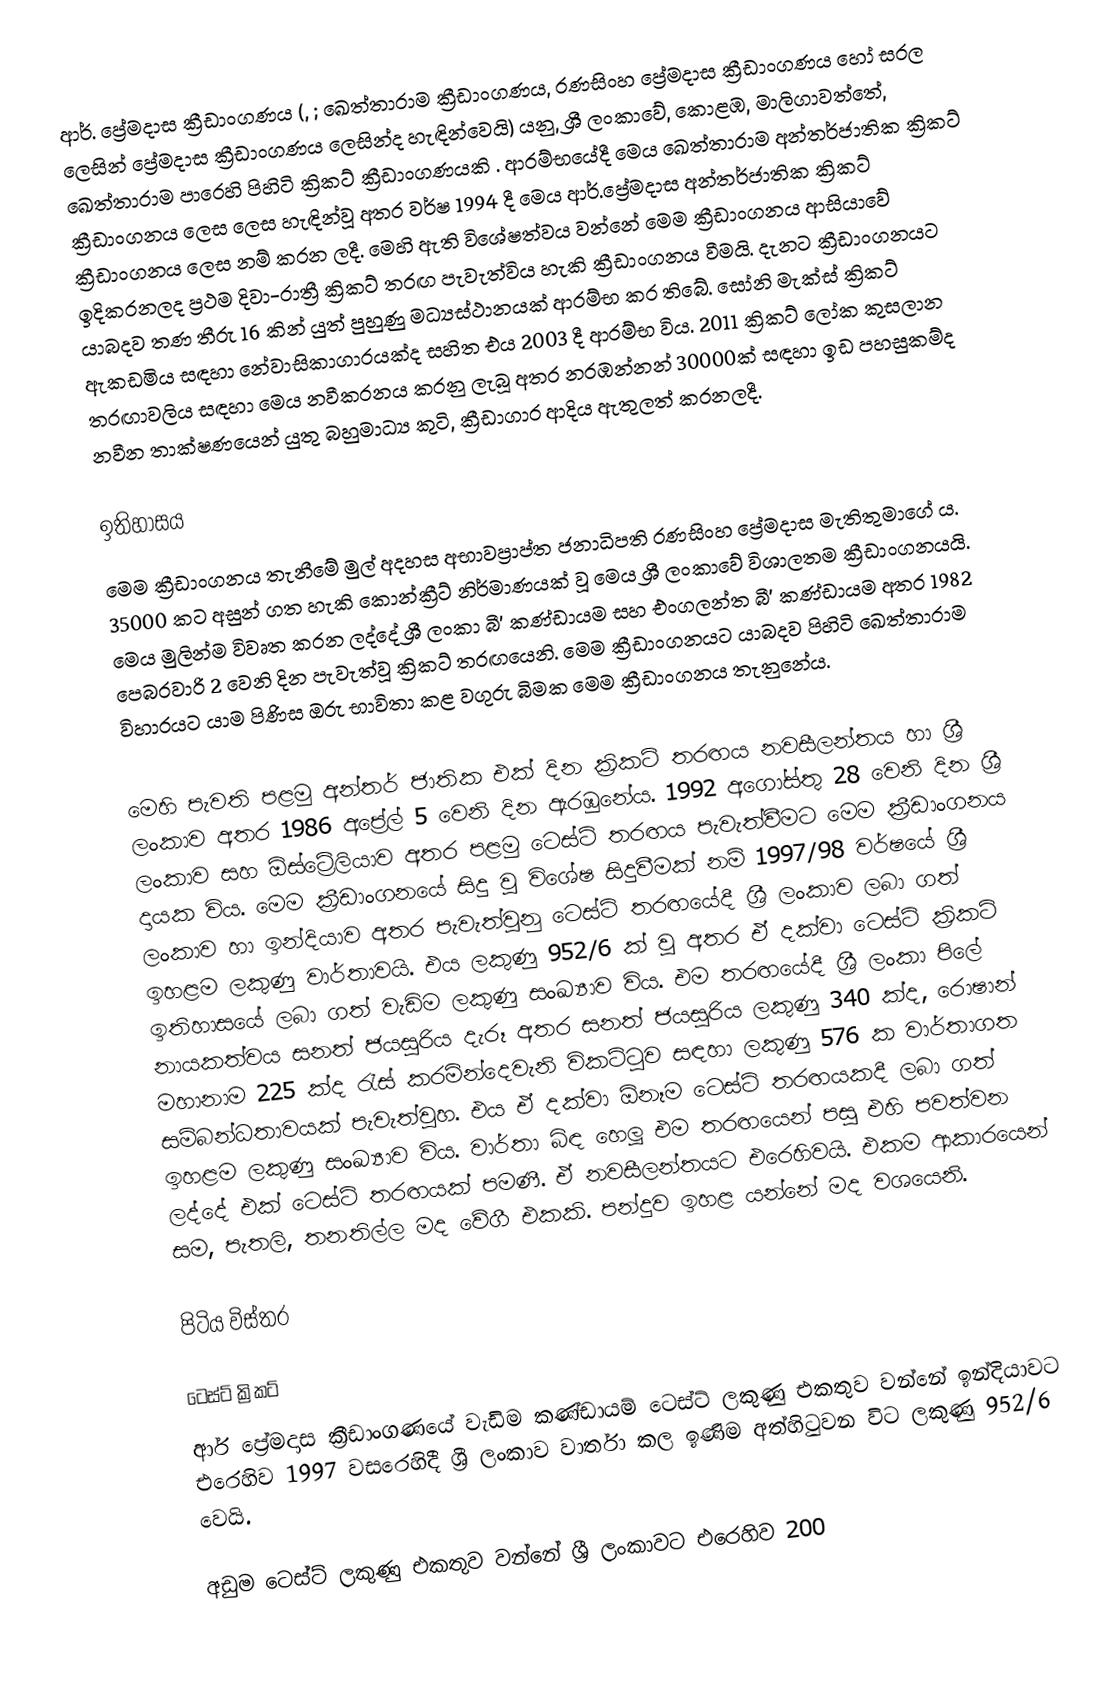
ආර්. ප්‍රේමදාස ක්‍රීඩාංගණය (, ; ඛෙත්තාරාම ක්‍රීඩාංගණය, රණසිංහ ප්‍රේමදාස ක්‍රීඩාංගණය හෝ සරල ලෙසින් ප්‍රේමදාස ක්‍රීඩාංගණය ලෙසින්ද හැඳින්වෙයි) යනු, ශ්‍රී ලංකාවේ, කොළඹ, මාලිගාවත්තේ,  ඛෙත්තාරාම පාරෙහි පිහිටි ක්‍රිකට් ක්‍රීඩාංගණයකි . ආරම්භයේදී මෙය ඛෙත්තාරාම අන්තර්ජාතික ක්‍රිකට් ක්‍රීඩාංගනය ලෙස ලෙස හැඳින්වූ අතර වර්ෂ 1994 දී මෙය ආර්.ප්‍රේමදාස අන්තර්ජාතික ක්‍රිකට් ක්‍රීඩාංගනය ලෙස නම් කරන ලදී. මෙහි ඇති විශේෂත්වය වන්නේ මෙම ක්‍රීඩාංගනය ආසියාවේ ඉදිකරනලද ප්‍රථම දිවා-රාත්‍රී ක්‍රිකට් තරඟ පැවැත්විය හැකි ක්‍රීඩාංගනය වීමයි. දැනට ක්‍රීඩාංගනයට යාබදව තණ තීරු 16 කින් යුත් පුහුණු මධ්‍යස්ථානයක් ආරම්භ කර තිබේ. සෝනි මැක්ස් ක්‍රිකට් ඇකඩමිය සඳහා නේවාසිකාගාරයක්ද සහිත එය 2003 දී ආරම්භ විය. 2011 ක්‍රිකට් ලෝක කුසලාන තරඟාවලිය සඳහා මෙය නවීකරනය කරනු ලැබූ අතර නරඹන්නන් 30000ක් සඳහා ඉඩ පහසුකම්ද නවීන තාක්ෂණයෙන් යුතු බහුමාධ්‍ය කුටි, ක්‍රීඩාගාර ආදිය ඇතුලත් කරනලදී.

ඉතිහාසය
මෙම ක්‍රීඩාංගනය තැනීමේ මුල් අදහස අභාවප්‍රාප්ත ජනාධිපති රණසිංහ ප්‍රේමදාස මැතිතුමාගේ ය. 35000 කට අසුන් ගත හැකි කොන්ක්‍රීට් නිර්මාණයක් වූ මෙය ශ්‍රී ලංකාවේ විශාලතම ක්‍රීඩාංගනයයි. මෙය මුලින්ම විවෘත කරන ලද්දේ ශ්‍රී ලංකා බී’ කණ්ඩායම සහ එංගලන්ත බී’ කණ්ඩායම අතර 1982 පෙබරවාරි 2 වෙනි දින පැවැත්වූ ක්‍රිකට් තරඟයෙනි. මෙම ක්‍රීඩාංගනයට යාබදව පිහිටි ඛෙත්තාරාම විහාරයට යාම පිණිස ඔරු භාවිතා කළ වගුරු බිමක මෙම ක්‍රීඩාංගනය තැනුනේය.
	‍
මෙහි පැවති පළමු අන්තර් ජාතික එක් දින ක්‍රිකට් තරඟය නවසීලන්තය හා ශ්‍රී ලංකාව අතර 1986 අප්‍රේල් 5 වෙනි දින ඇරඹුනේය. 1992 අගෝස්තු 28 වෙනි දින ශ්‍රී ලංකාව සහ ඕස්ට්‍රේලියාව අතර පළමු ටෙස්ට් තරඟය පැවැත්වීමට මෙම ක්‍රීඩාංගනය දායක විය. මෙම ක්‍රීඩාංගනයේ සිදු වූ විශේෂ සිදුවීමක් නම් 1997/98 වර්ෂයේ ශ්‍රී ලංකාව හා ඉන්දියාව අතර පැවැත්වුනු ටෙස්ට් තරඟයේදී ශ්‍රී ලංකාව ලබා ගත් ඉහළම ලකුණු වාර්තාවයි. එය ලකුණු 952/6 ක් වූ අතර ඒ දක්වා ටෙස්ට් ක්‍රිකට් ඉතිහාසයේ ලබා ගත් වැඩිම ලකුණු සංඛ්‍යාව විය. එම තරඟයේදී ශ්‍රී ලංකා පිලේ නායකත්වය සනත් ජයසූරිය දැරූ අතර සනත් ජයසූරිය ලකුණු 340 ක්ද, රොෂාන් මහානාම 225 ක්ද රැස් කරමින්දෙවැනි විකට්ටුව සඳහා ලකුණු 576 ක වාර්තාගත සම්බන්ධතාවයක් පැවැත්වූහ. එය ඒ දක්වා ඕනෑම ටෙස්ට් තරඟයකදී ලබා ගත් ඉහළම ලකුණු සංඛ්‍යාව විය. වාර්තා බිඳ හෙලූ එම තරඟයෙන් පසු එහි පවත්වන ලද්දේ එක් ටෙස්ට් තරඟයක් පමණී. ඒ නවසීලන්තයට එරෙහිවයි. එකම ආකාරයෙන් සම, පැතලි, තනතිල්ල මද වේගී එකකි. පන්දුව ඉහළ යන්නේ මද වශයෙනි.

පිටිය විස්තර

ටෙස්ට් ක්‍රිකට්
ආර් ප්‍රේමදාස ක්‍රීඩාංගණයේ වැඩිම කණ්ඩායම් ටෙස්ට් ලකුණු එකතුව වන්නේ ඉන්දියාවට එරෙහිව 1997 වසරෙහිදී ශ්‍රී ලංකාව වාර්තා කල ඉණිම අත්හිටුවන විට ලකුණු 952/6 වෙයි.

අඩුම ටෙස්ට් ලකුණු එකතුව වන්නේ ශ්‍රී ලංකාවට එරෙහිව 200